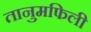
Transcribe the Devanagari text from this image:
तानुमफिली